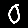
Digit: 0